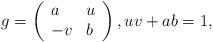
\begin{align*}g=\left (\begin{array}{ll}a & u\\-v & b \end{array}\right ), uv+ab=1,\end{align*}